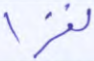
نفرا